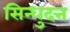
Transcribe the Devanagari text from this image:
सिन्धुदत्त